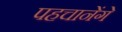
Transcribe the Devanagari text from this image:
पहचानेंगे